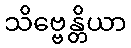
သိဗ္ဗေန္တိယာ